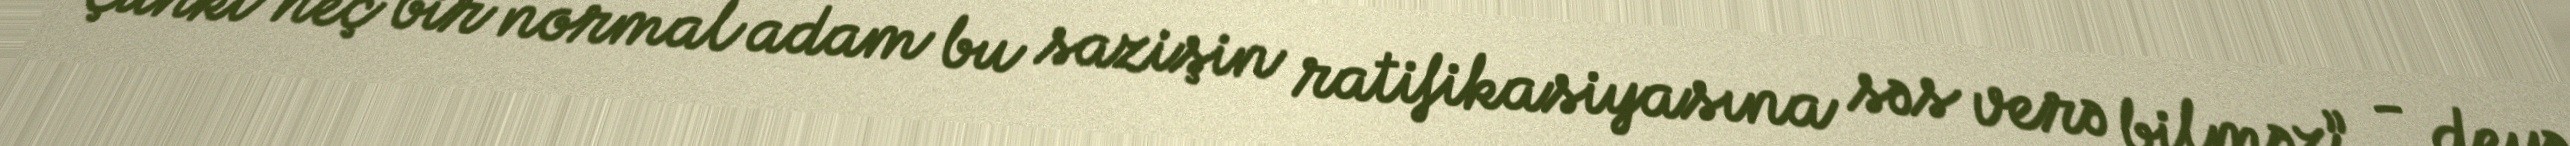
Çünki heç bir normal adam bu sazişin ratifikasiyasına səs verə bilməz”, - deyə